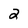
Character: 2